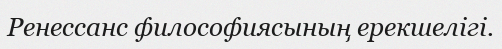
Ренессанс философиясының ерекшелігі.